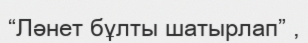
“Ләнет бұлты шатырлап” ,